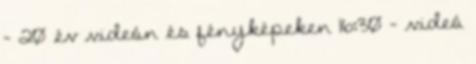
- 20 év videón és fényképeken 16:30 - videó